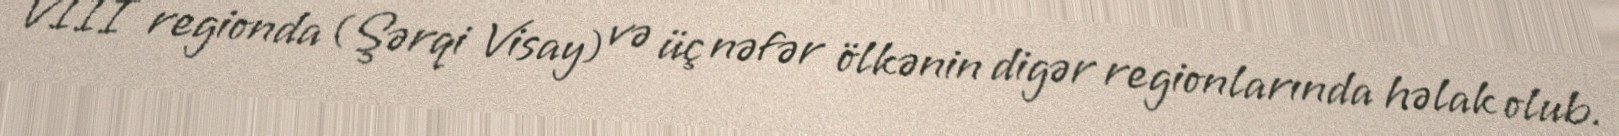
VIII regionda (Şərqi Visay) və üç nəfər ölkənin digər regionlarında həlak olub.